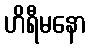
ဟိရီမနော